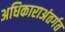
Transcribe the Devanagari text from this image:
अधिकाराअंतर्गत